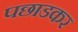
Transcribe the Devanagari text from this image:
पछाडकर